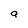
Character: a